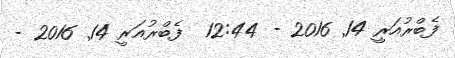
ފެބްރުއަރީ 14